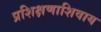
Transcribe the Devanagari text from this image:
प्रशिक्षणाशिवाय